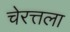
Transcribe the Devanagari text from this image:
चेरत्तला